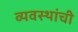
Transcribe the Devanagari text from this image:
व्यवस्थांची